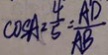
\cos A = \frac { 4 } { 5 } = \frac { A D } { A B }